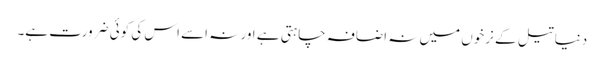
دنیا تیل کے نرخوں میں نہ اضافہ چاہتی ہے اور نہ اسے اس کی کوئی ضرورت ہے۔